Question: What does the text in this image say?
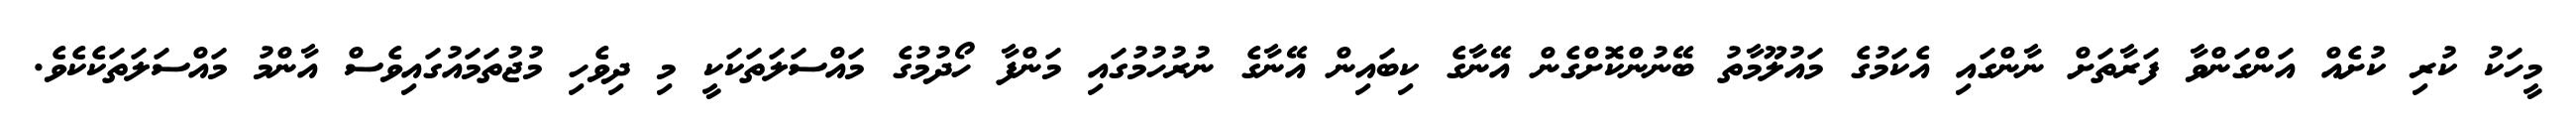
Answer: މީހަކު ކުރި ކުށެއް އަންގަންވާ ފަރާތަށް ނާންގައި އެކަމުގެ މައުލޫމާތު ބޭނުންކޮށްގެން އޭނާގެ ކިބައިން އޭނާގެ ނުރުހުމުގައި މަންފާ ހޯދުމުގެ މައްސަލަތަކަކީ މި ދިވެހި މުޖުތަމައުގައިވެސް އާންމު މައްސަލަތަކެކެވެ.